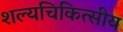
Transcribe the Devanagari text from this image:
शल्यचिकित्सीय